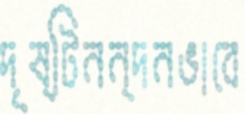
দৃষ্টিনন্দনভাবে